Report on lock hospitals in British Burma
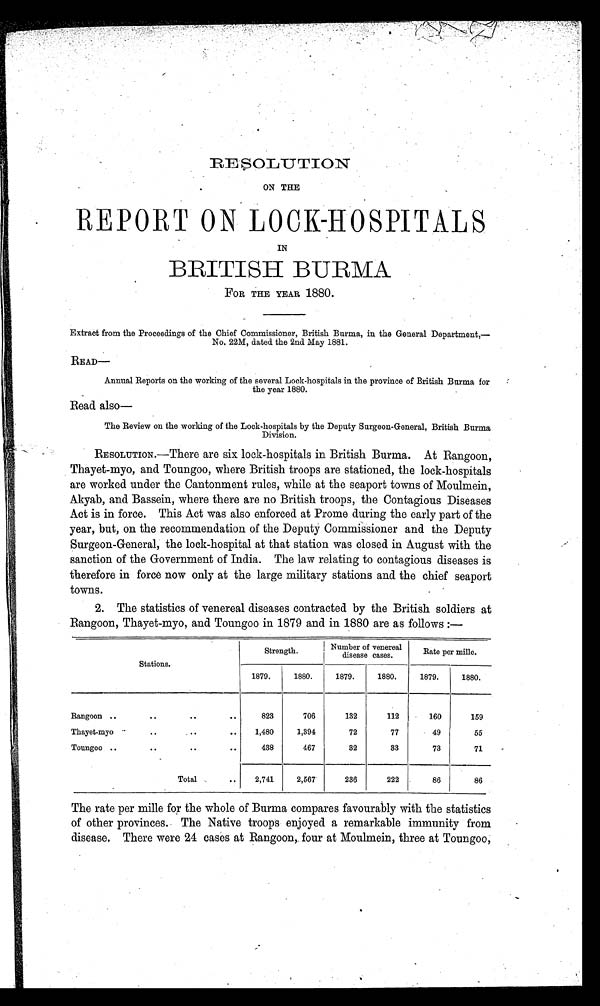
RESOLUTION
ON THE
REPORT ON LOCK-HOSPITALS
IN
BRITISH BURMA
FOR THE YEAR 1880.
Extract from the Proceedings of the Chief Commissioner, British Burma, in the General Department,—
No, 22M, dated the 2nd May 1881.
READ—
Annual Reports on the working of the several Lock-hospitals in the province of British Burma for
the year 1880.
Read also—
The Review on the working of the Lock-hospitals by the Deputy Surgeon-General, British Burma
Division.
RESOLUTION.—There are six lock-hospitals in British Burma. At Rangoon,
Thayet-myo, and Toungoo, where British troops are stationed, the lock-hospitals
are worked under the Cantonment rules, while at the seaport towns of Moulmein,
Akyab, and Bassein, where there are no British troops, the Contagious Diseases
Act is in force. This Act was also enforced at Prome during the early part of the
year, but, on the recommendation of the Deputy Commissioner and the Deputy
Surgeon-General, the lock-hospital at that station was closed in August with the
sanction of the Government of India. The law relating to contagious diseases is
therefore in force now only at the large military stations and the chief seaport
towns.
2. The statistics of venereal diseases contracted by the British soldiers at
Rangoon, Thayet-myo, and Toungoo in 1879 and in 1880 are as follows :—
Stations.
Strength.
Number of venereal
disease cases.
Rate per mille.
1879,
1880.
1879.
1880.
1879.
1880.
Rangoon ..
..
. .
..
823
706
132
112
160
159
Thayet-myo.
.. ....
..
1,480
1,394
72
77
49
55
Toungoo ..
..
. .
..
438
467
32
33
73
71
Total
..
2,741
2,567
236
222
86
86
The rate per mille for the whole of Burma compares favourably with the statistics
of other provinces. The Native troops enjoyed a remarkable immunity from
disease. There were 24 cases at Rangoon, four at Moulmein, three at Toungoo,